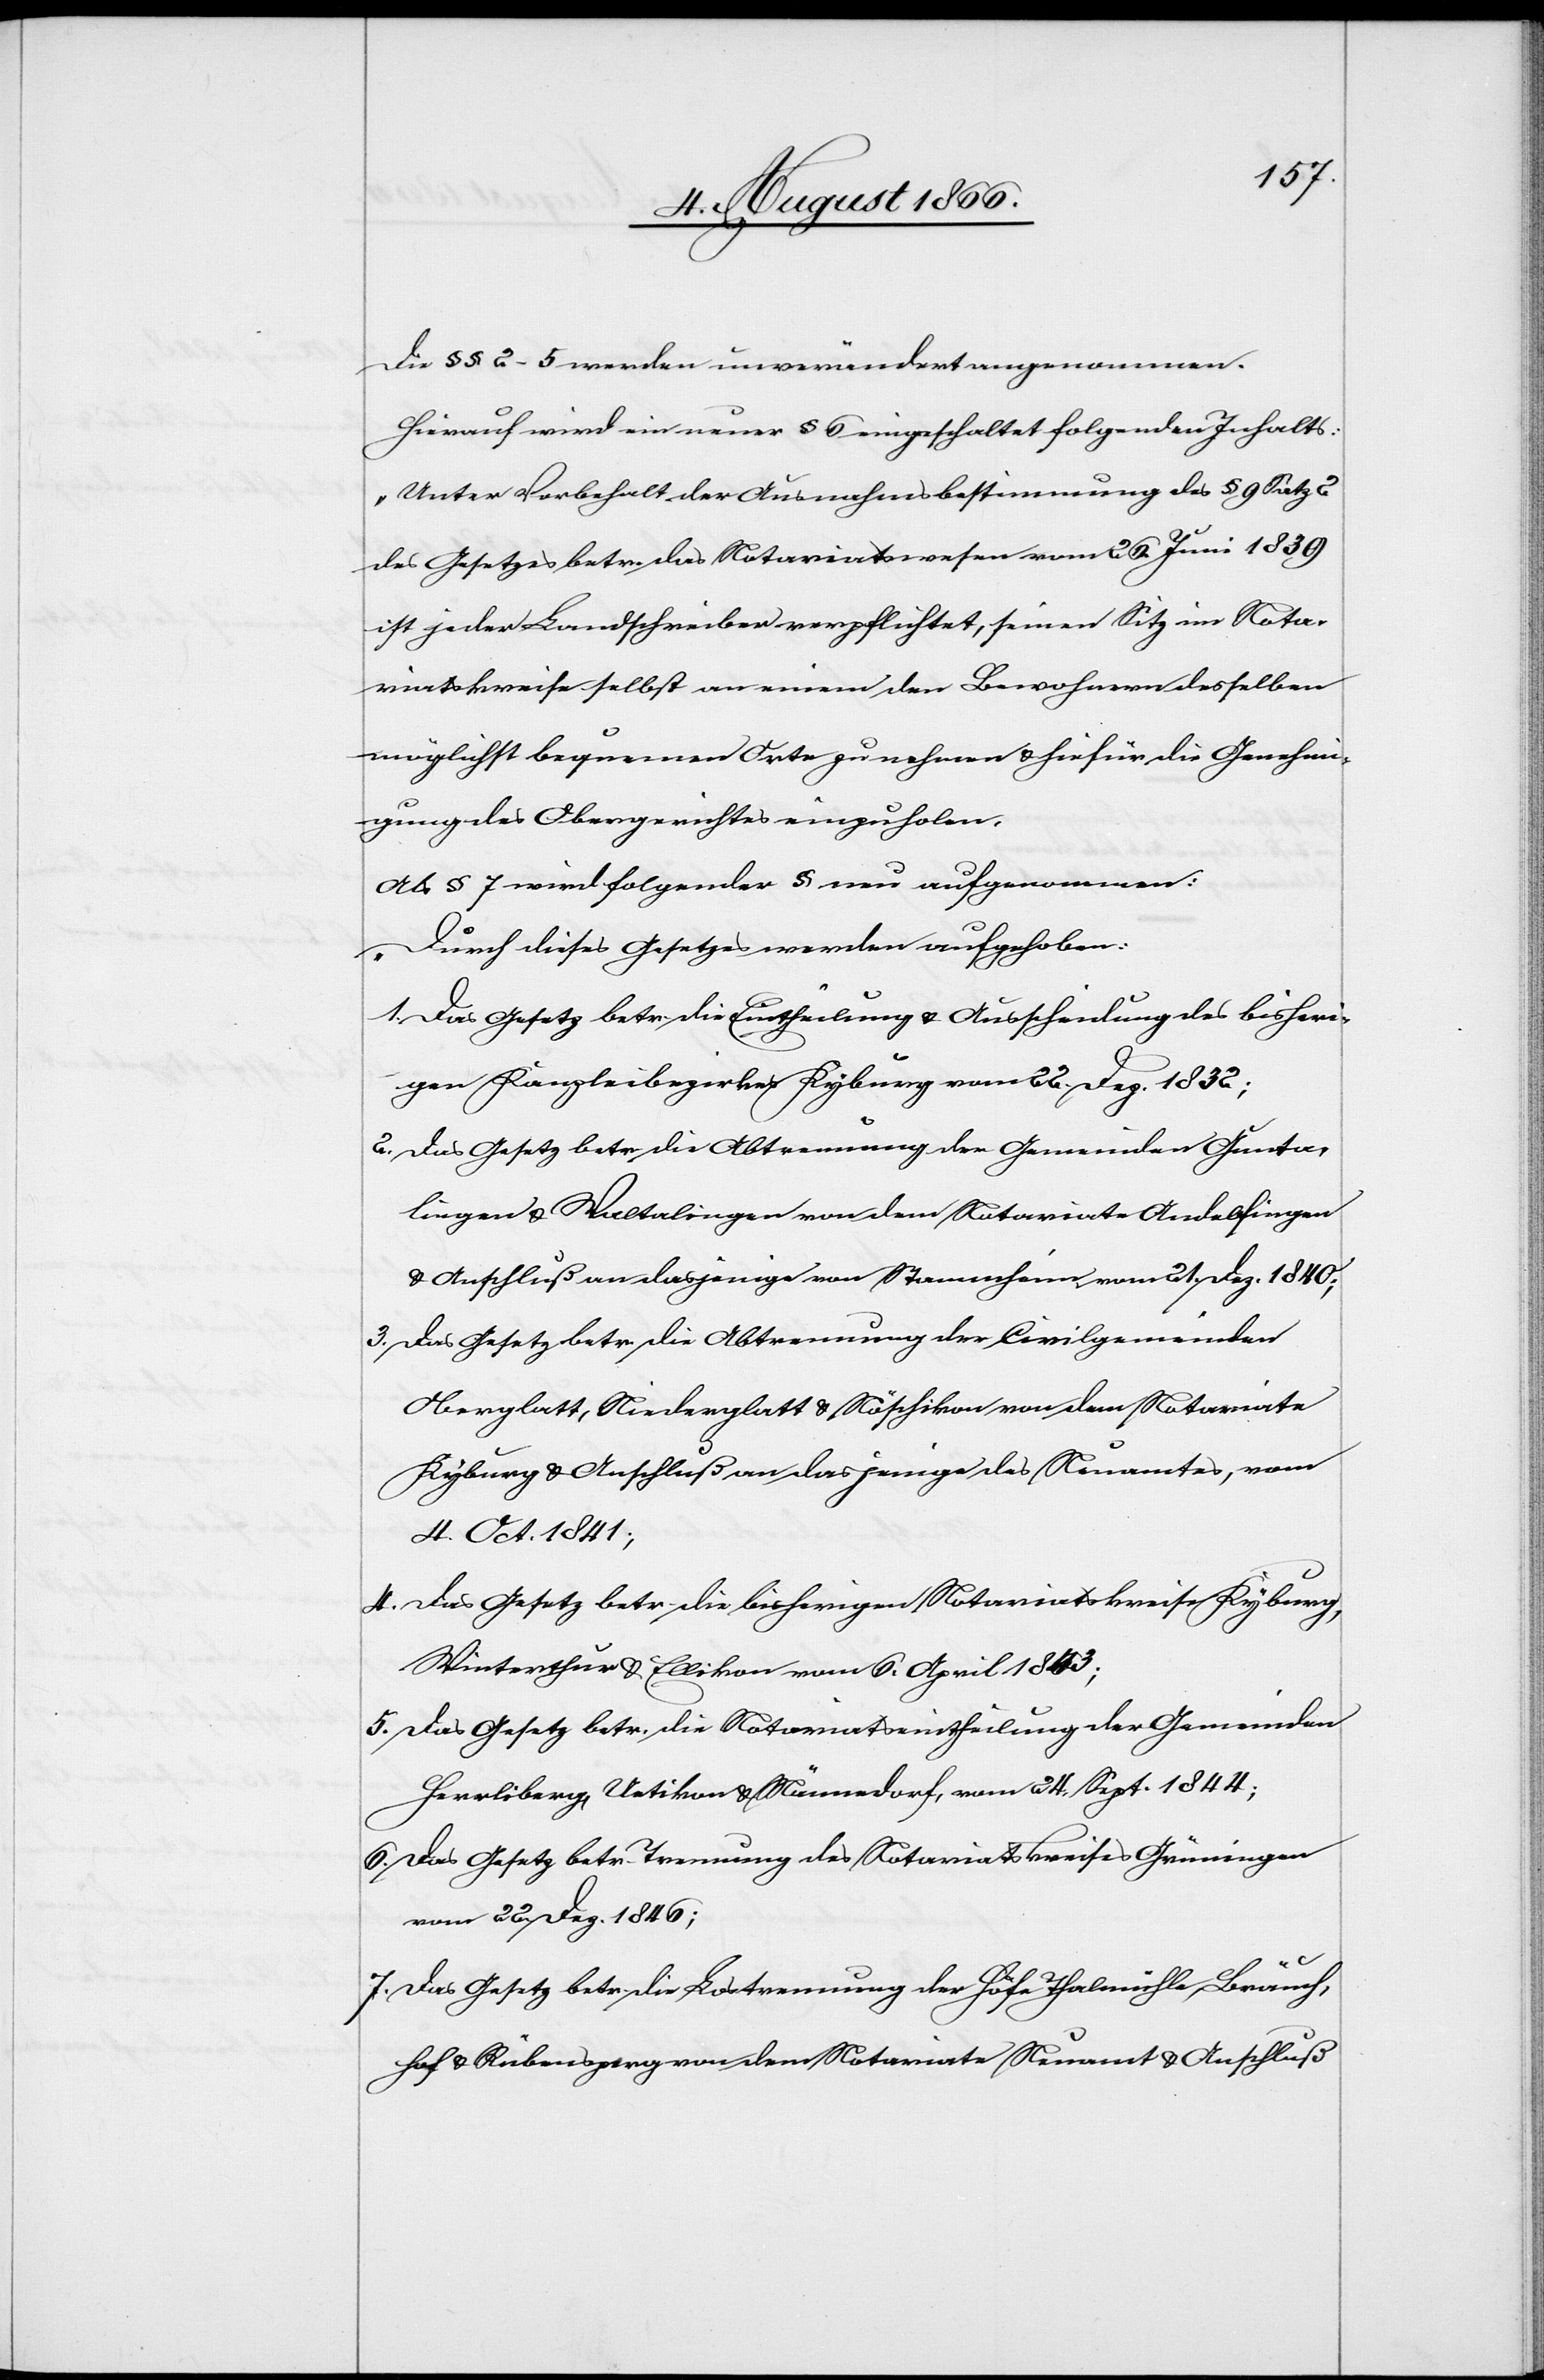
Die § § 2–5 werden unverändert angenommen.
Hierauf wird ein neuer § 6 eingeschaltet folgenden Inhalts:
„Unter Vorbehalt der Ausnahmsbestimmungen des § 9 Satz
des Gesetzes betr. das Notariatswesen vom 26. Juni 1836
ist jeder Landschreiber verpflichtet, seinen Sitz im Nota¬
riatskreise selbst an einem den Bewohnern desselben
möglichst bequemen Orte zu nehmen u. hiefür die Genehmi¬
gung des Obergerichtes einzuholen.[“]
Als § 7 wird folgender § neu aufgenommen:
„Durch dieses Gesetzes [sic!] werden aufgehoben:
1. Das Gesetz betr. die Eintheilung u. Ausscheidung des bisheri¬
gen Kanzleibezirkes Kyburg vom 22. Dez. 1832;
2. Das Gesetz betr. die Abtrennung der Gemeinden Gunta¬
lingen u. Waltalingen von dem Notariate Andelfingen
u. Anschluß an dasjenige von Stammheim vom 21. Dez. 1840;
3. Das Gesetz betr. die Abtrennung der Civilgemeinden
Oberglatt, Niederglatt u. Nöschikon von dem Notariate
Kyburg u. Anschluß an dasjenige des Neuamtes, vom
4. Oct. 1841;
4. das Gesetz betr. die bisherigen Notariatskreise Kyburg,
Winterthur u. Ellikon vom 6. April 1843;
5. Das Gesetz betr. die Notariatseintheilung der Gemeinden
Herrliberg, Uetikon u. Männedorf, vom 24. Sept. 1844;
6. Das Gesetz betr. Trennung des Notariatskreises Grüningen
vom 22. Dez. 1846;
7. Das Gesetz betr. die Lostrennung der Höfe Thalmühle, Bräuchhof
u. Rübensperg von dem Notariate Neuamt u. Anschluß